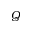
Q